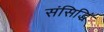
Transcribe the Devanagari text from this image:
संसिद्धिं